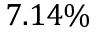
7 . 1 4 \%